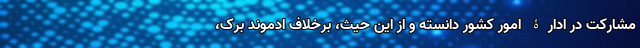
مشارکت در ادارۀ امور کشور دانسته و از این حیث، برخلاف ادموند برک،